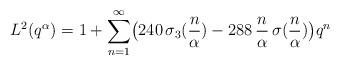
LaTeX: \begin{align*}L^{2}(q^{\alpha}) = 1+\sum_{n=1}^{\infty}\bigl( 240\,\sigma_{3}(\frac{n}{\alpha}) -288\,\frac{n}{\alpha}\,\sigma(\frac{n}{\alpha})\bigr) q^{n} \end{align*}